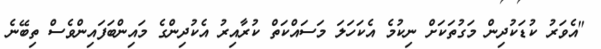
"އެވަރު ކުޑަކުދިން މަގުތަކަށް ނިކުމެ އެކަހަލަ މަސައްކަތް ކުރާއިރު އެކުދިންގެ މައިންބަފައިންވެސް ތިބޭނެ